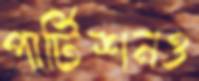
পার্টিশনও